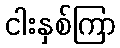
ငါးနှစ်ကြာ